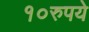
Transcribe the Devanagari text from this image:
१०रुपये